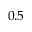
0 . 5